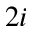
2 i